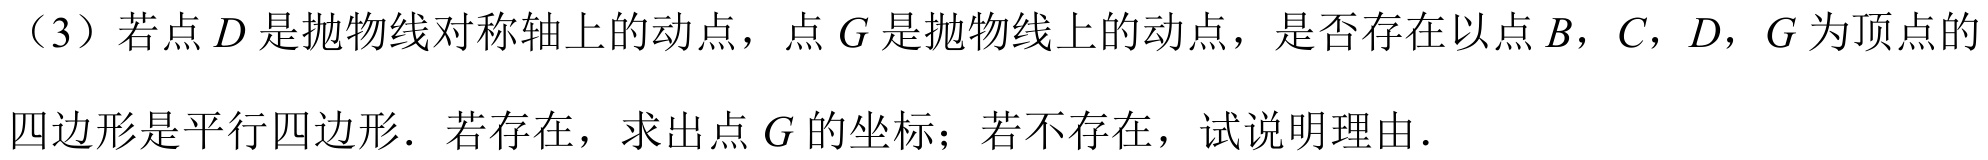
（3）若点\(D\)是抛物线对称轴上的动点，点\(G\)是抛物线上的动点，是否存在以点\(B\)，\(C\)，\(D\)，\(G\)为顶点的四边形是平行四边形．若存在，求出点\(G\)的坐标；若不存在，试说明理由．